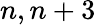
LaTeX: n,n+3